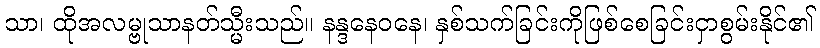
သာ၊ ထိုအလမ္ဗုသာနတ်သ္မီးသည်။ နန္ဒနေဝနေ၊ နှစ်သက်ခြင်းကိုဖြစ်စေခြင်းငှာစွမ်းနိုင်၏